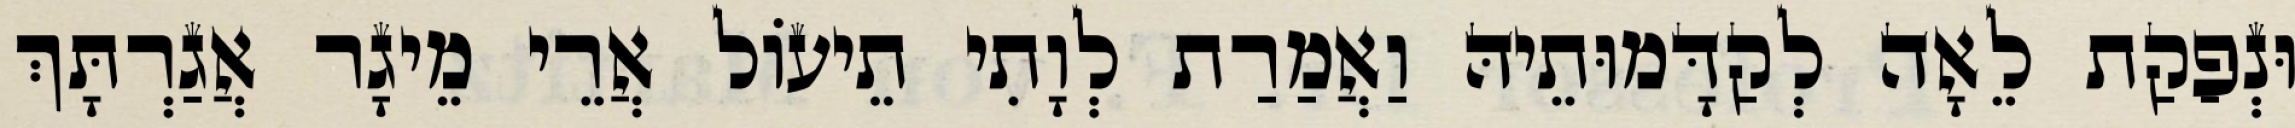
וּנְפַקַת לֵאָה לְקַדָּמוּתֵיהּ וַאֲמַרַת לְוָתִי תֵיעוֹל אֲרֵי מֵיגָר אֲגַרְתָּךְ